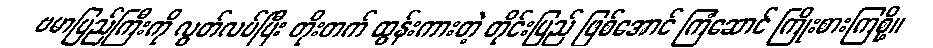
ဗမာပြည်ကြီးကို လွတ်လပ်ပြီး တိုးတက် ထွန်းကားတဲ့ တိုင်းပြည် ဖြစ်အောင် ကြံဆောင် ကြိုးစားကြစို့။